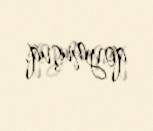
qoymuşuq.